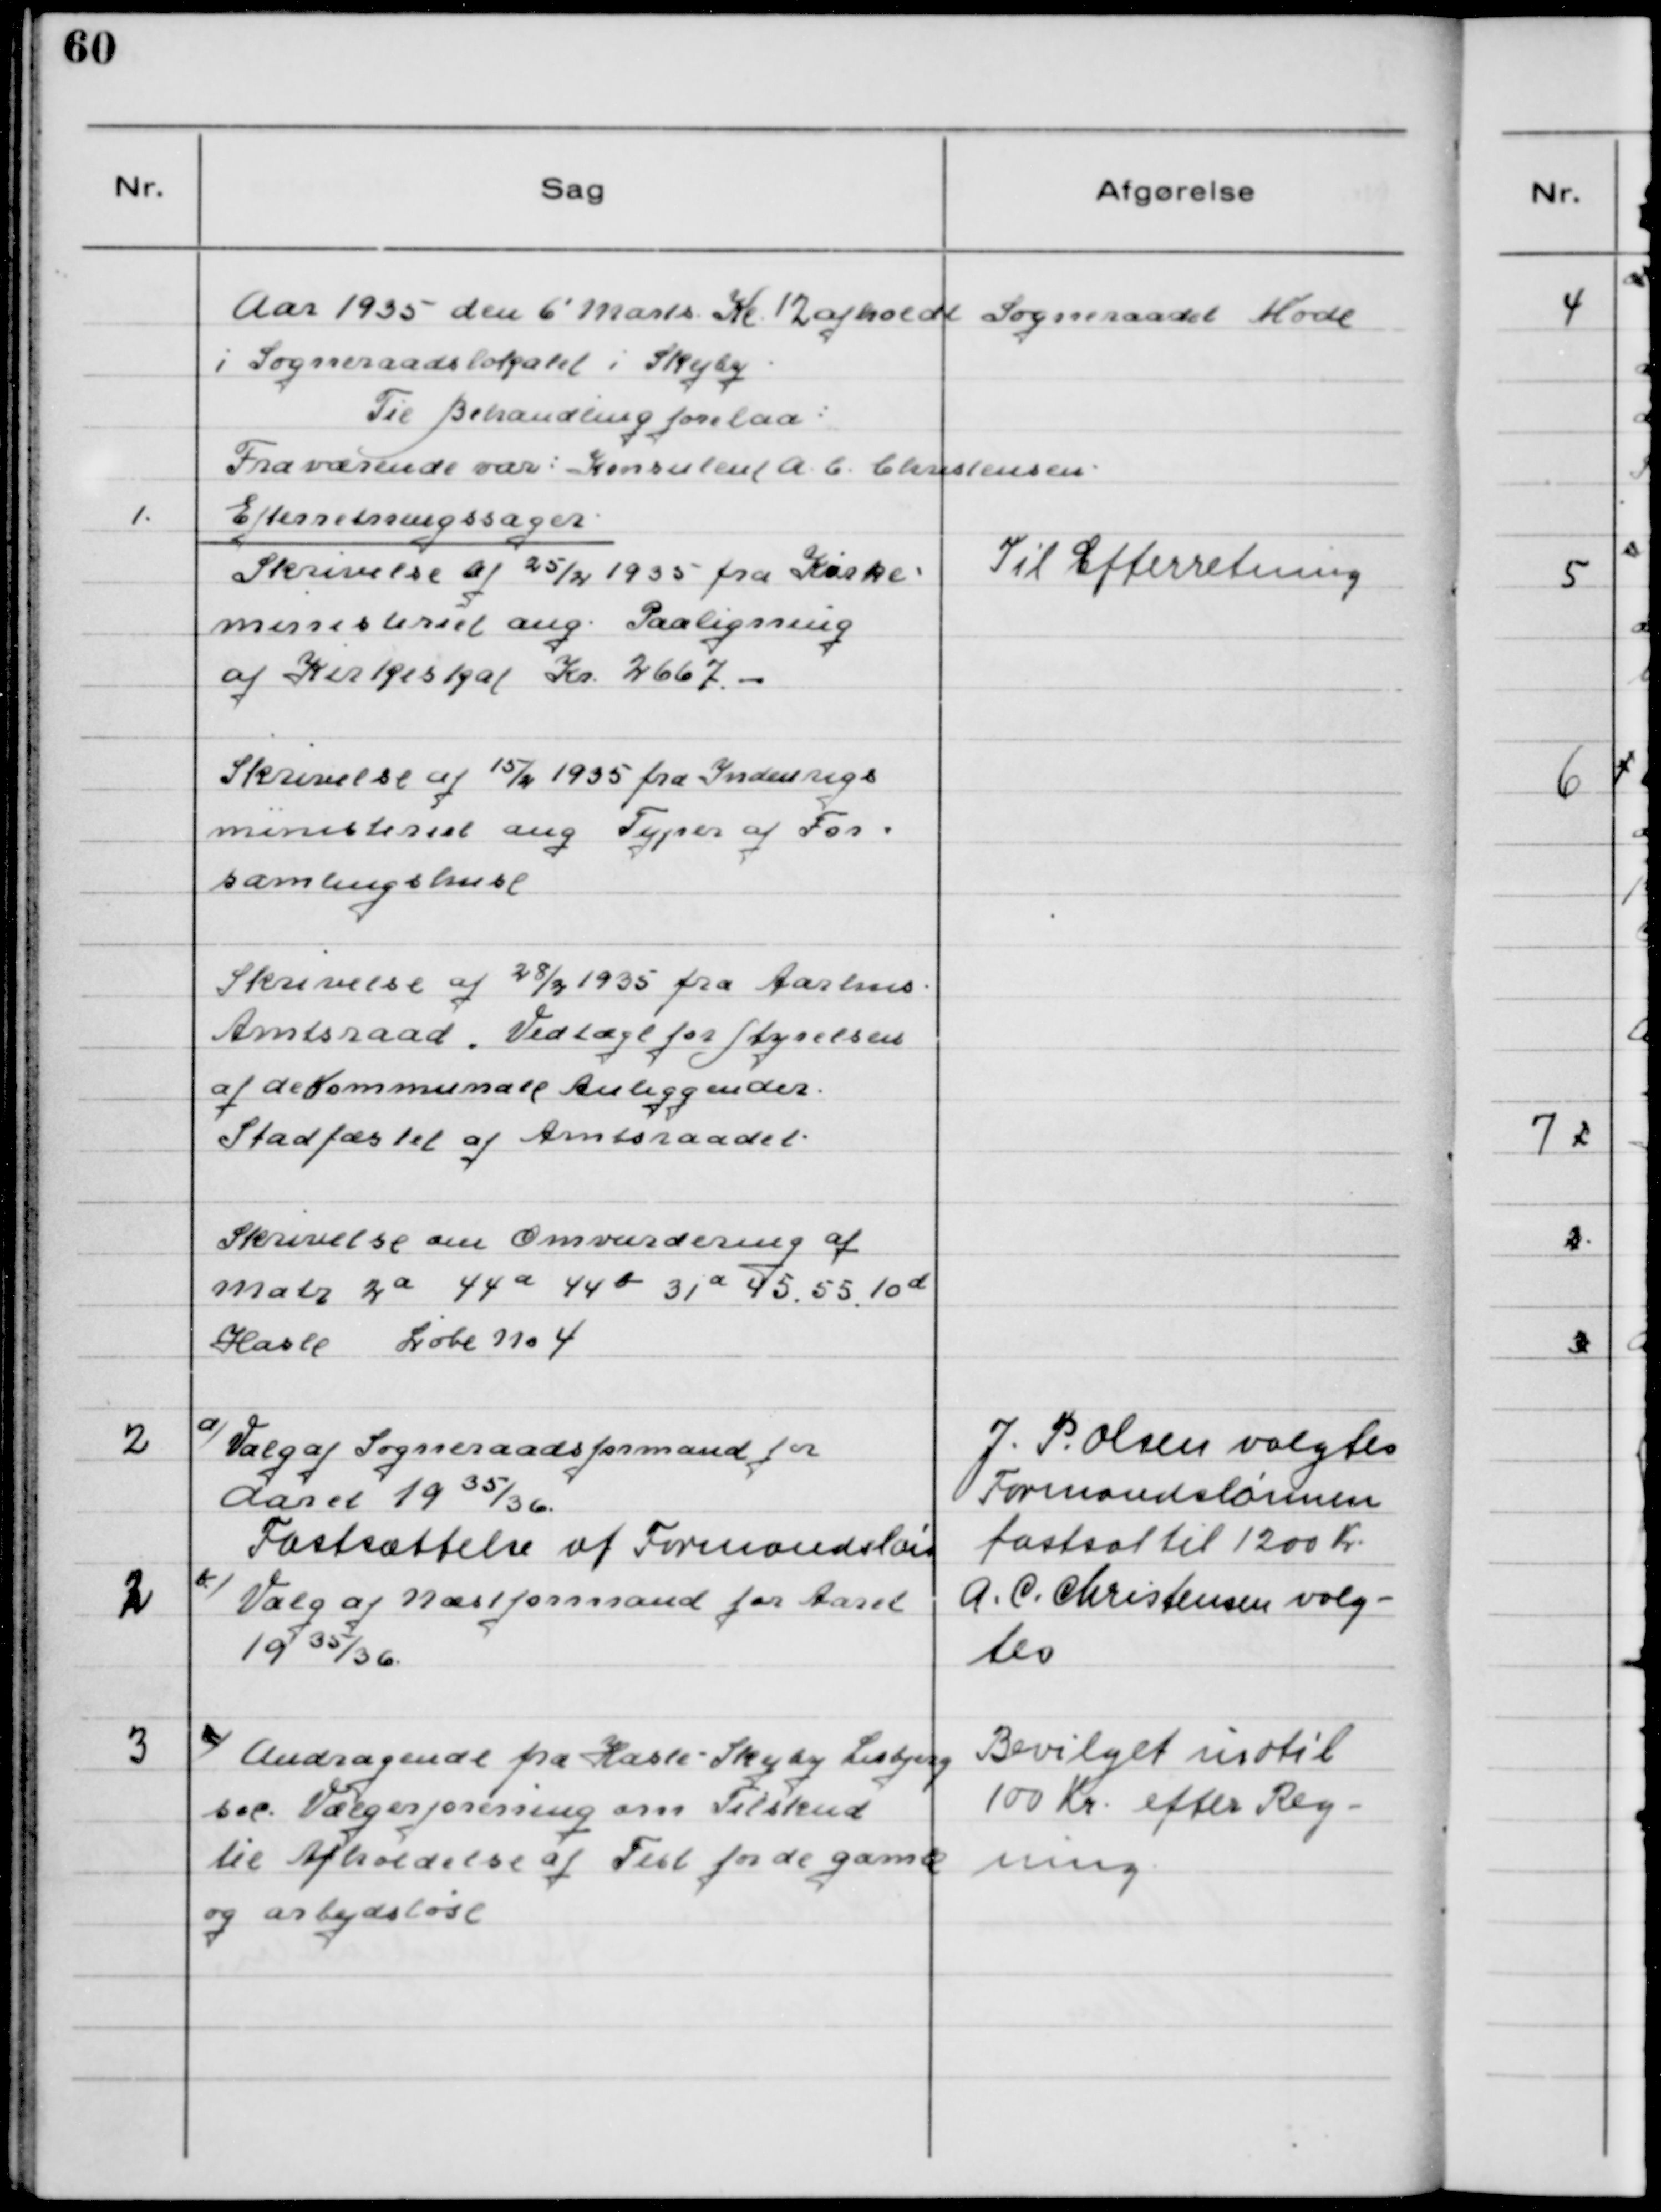
Transskription:
Aar 1935 den 6´Marts Kl. 12 afholdt Sogneraadet Møde
i Sogneraadslokalet i Skejby.
Til Behandling forelaa:
Fraværende var: Konsulent A. C. Christensen.

1

Efterretningssager:
Skrivelse af 25/2 1935 fra Kirke-
ministeriet ang. Paaligning
af Kirkeskat Kr. 2667.-
Skrivelse af 15/4 1935 fra Indenrigs-
ministeriet ang. Typer af For-
samlingshuse.
Skrivelse af 28/4 1935 fra Aarhus
Amtsraad. Vedtægt for Styrelsen
af de Kommunale Anliggender.
Stadfæstet af Amtsraadet.
Skrivelse om Omvurdering af
Matr. 2a 44a 44b 31a 45 55 10d
Hasle Løbe No. 4

Til Efterretning

2

a) Valg af Sogneraadsformand for
Aaret 1935/36
Fastsættelse af Formqndsløn
b)Valg af Næstformand for Aaret
1935/36

J. P. Olsen valgtes
Formandslønnen
fastsat til 1200 Kr.
A. C. Christensen valg-
tes

3

a) Andragende fra Hasle - Skejby Lisbjerg
ses Vælgerforening om Tilskud
til Afholdelse af Fest for de gamle
og arbejdsløse.

Bevilget indtil
100 Kr. efter Reg-
ning.